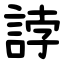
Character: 誖